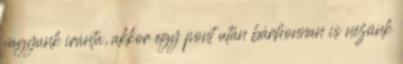
vagyunk iránta, akkor egy pont után bárhonnan is nézünk